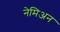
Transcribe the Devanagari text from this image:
नेमिअन